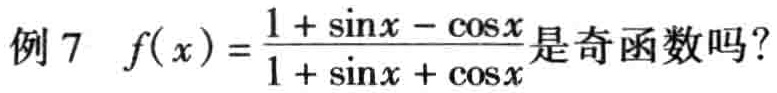
例 7 \(f(x)=\frac{1 + \sin x - \cos x}{1 + \sin x + \cos x}\)是奇函数吗？